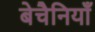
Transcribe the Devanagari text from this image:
बेचैनियाँ